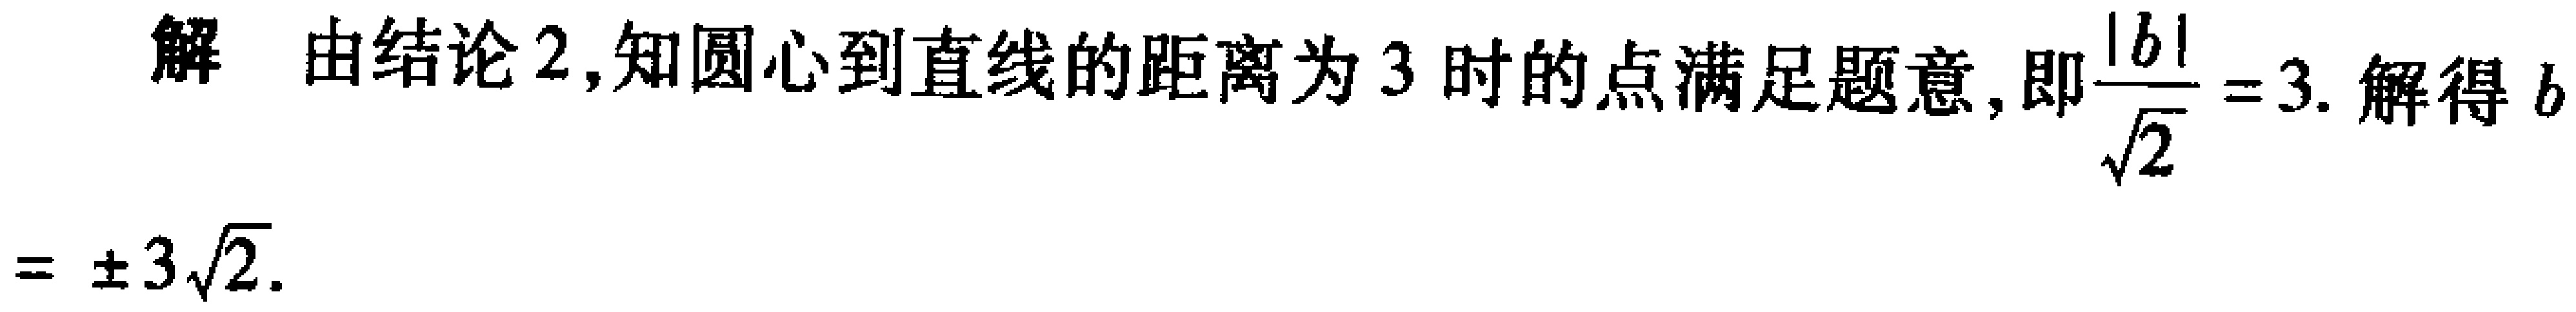
解 由结论 2,知圆心到直线的距离为 3 时的点满足题意,即$\frac{|b|}{\sqrt{2}} = 3$. 解得$b=\pm3\sqrt{2}$.